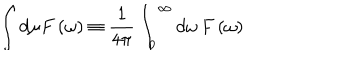
LaTeX: \int d \mu F \left( \omega \right) \equiv \frac { 1 } { 4 { \pi } } \int _ { 0 } ^ { \infty } d \omega \, F \left( \omega \right)